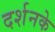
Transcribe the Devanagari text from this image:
दर्शनके